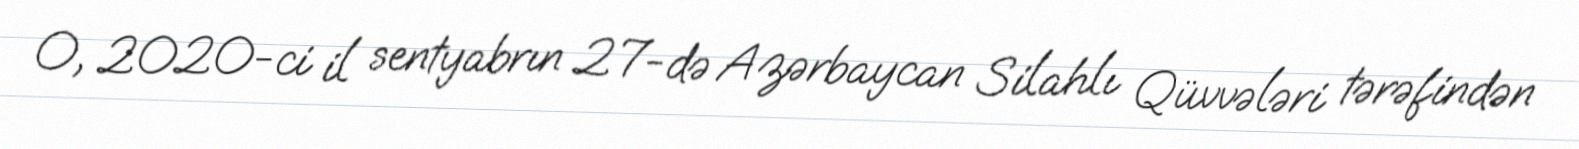
O, 2020-ci il sentyabrın 27-də Azərbaycan Silahlı Qüvvələri tərəfindən